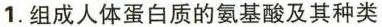
1.组成人体蛋白质的氨基酸及其种类元素组成)一→_______等通式(结构`数量上，至少含有一个_______和一 $$\overrightarrow{COOH^{\prime}}$$ 特点|位置上、都有一个”--NHz”和一个”连接在_______上，能，__(13种)(种类)据能否在人体内合成-不能。______(8种)